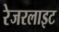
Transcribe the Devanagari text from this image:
रेजरलाइट